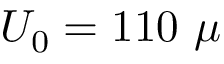
U _ { 0 } = 1 1 0 \ \mu